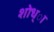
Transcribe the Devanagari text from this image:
शोध्ा